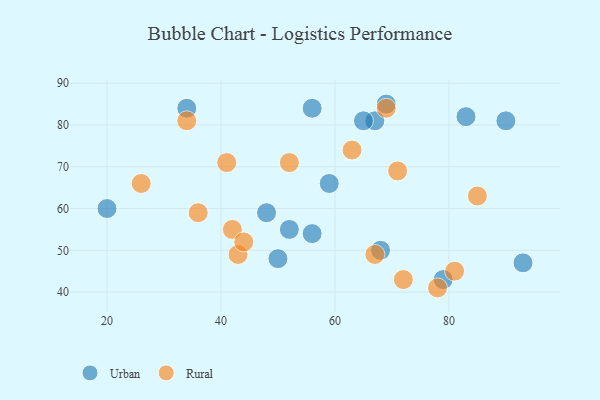
{"axis": {"x": "GDP", "y": "Life Expectancy"}, "legend": ["Rural", "Urban"], "data": [{"x": "52", "y": 55, "type": "Urban"}, {"x": "90", "y": 81, "type": "Urban"}, {"x": "48", "y": 59, "type": "Urban"}, {"x": "56", "y": 54, "type": "Urban"}, {"x": "20", "y": 60, "type": "Urban"}, {"x": "50", "y": 48, "type": "Urban"}, {"x": "59", "y": 66, "type": "Urban"}, {"x": "67", "y": 81, "type": "Urban"}, {"x": "83", "y": 82, "type": "Urban"}, {"x": "34", "y": 84, "type": "Urban"}, {"x": "69", "y": 85, "type": "Urban"}, {"x": "93", "y": 47, "type": "Urban"}, {"x": "68", "y": 50, "type": "Urban"}, {"x": "79", "y": 43, "type": "Urban"}, {"x": "56", "y": 84, "type": "Urban"}, {"x": "65", "y": 81, "type": "Urban"}, {"x": "71", "y": 69, "type": "Rural"}, {"x": "78", "y": 41, "type": "Rural"}, {"x": "72", "y": 43, "type": "Rural"}, {"x": "36", "y": 59, "type": "Rural"}, {"x": "42", "y": 55, "type": "Rural"}, {"x": "52", "y": 71, "type": "Rural"}, {"x": "26", "y": 66, "type": "Rural"}, {"x": "63", "y": 74, "type": "Rural"}, {"x": "85", "y": 63, "type": "Rural"}, {"x": "69", "y": 84, "type": "Rural"}, {"x": "43", "y": 49, "type": "Rural"}, {"x": "34", "y": 81, "type": "Rural"}, {"x": "44", "y": 52, "type": "Rural"}, {"x": "67", "y": 49, "type": "Rural"}, {"x": "41", "y": 71, "type": "Rural"}, {"x": "81", "y": 45, "type": "Rural"}]}